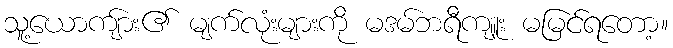
သူ့ယောကျ်ား၏ မျက်လုံးများကို မဒမ်ဘရီကျူး မမြင်ရတော့။